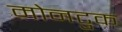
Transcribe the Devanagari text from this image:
मोनटुक